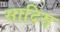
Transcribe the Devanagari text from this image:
सादिस